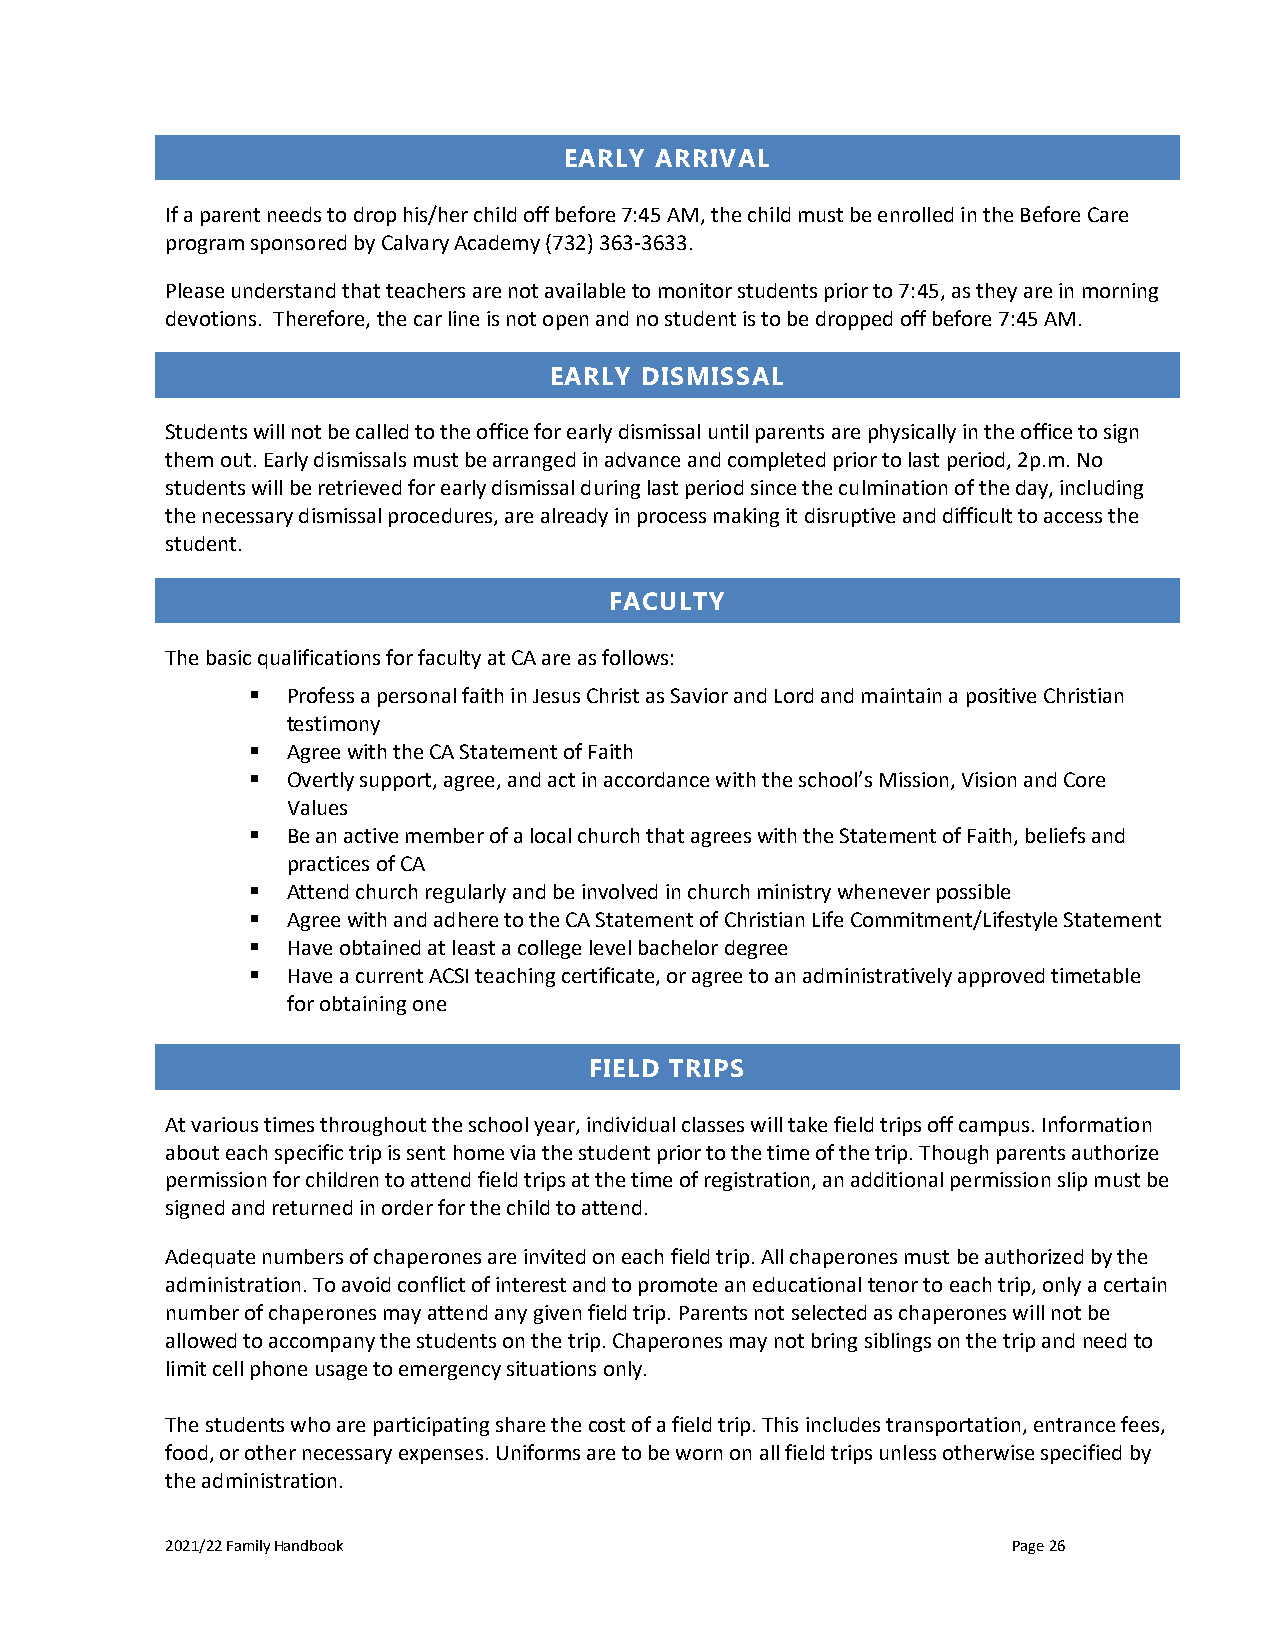
EARLY ARRIVAL
 If a parent needs to drop his/her child off before 7:45 AM, the child must be enrolled in the Before Care
 program sponsored by Calvary Academy (732) 363-3633.
 Please understand that teachers are not available to monitor students prior to 7:45, as they are in morning
 devotions. Therefore, the car line is not open and no student is to be dropped off before 7:45 AM.
 EARLY DISMISSAL
 Students will not be called to the office for early dismissal until parents are physically in the office to sign
 them out. Early dismissals must be arranged in advance and completed prior to last period, 2p.m. No
 students will be retrieved for early dismissal during last period since the culmination of the day, including
 the necessary dismissal procedures, are already in process making it disruptive and difficult to access the
 student.
 FACULTY
 The basic qualifications for faculty at CA are as follows:
 ▪  Profess a personal faith in Jesus Christ as Savior and Lord and maintain a positive Christian
 testimony
 ▪  Agree with the CA Statement of Faith
 ▪  Overtly support, agree, and act in accordance with the school’s Mission, Vision and Core
 Values
 ▪  Be an active member of a local church that agrees with the Statement of Faith, beliefs and
 practices of CA
 ▪  Attend church regularly and be involved in church ministry whenever possible
 ▪  Agree with and adhere to the CA Statement of Christian Life Commitment/Lifestyle Statement
 ▪  Have obtained at least a college level bachelor degree
 ▪  Have a current ACSI teaching certificate, or agree to an administratively approved timetable
 for obtaining one
 FIELD TRIPS
 At various times throughout the school year, individual classes will take field trips off campus. Information
 about each specific trip is sent home via the student prior to the time of the trip. Though parents authorize
 permission for children to attend field trips at the time of registration, an additional permission slip must be
 signed and returned in order for the child to attend.
 Adequate numbers of chaperones are invited on each field trip. All chaperones must be authorized by the
 administration. To avoid conflict of interest and to promote an educational tenor to each trip, only a certain
 number of chaperones may attend any given field trip. Parents not selected as chaperones will not be
 allowed to accompany the students on the trip. Chaperones may not bring siblings on the trip and need to
 limit cell phone usage to emergency situations only.
 The students who are participating share the cost of a field trip. This includes transportation, entrance fees,
 food, or other necessary expenses. Uniforms are to be worn on all field trips unless otherwise specified by
 the administration.
 2021/22 Family Handbook                                 Page 26